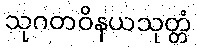
သုဂတဝိနယသုတ္တံ